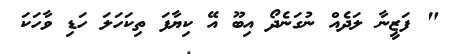
" ފަޒީނާ ލަދެއް ނުގަނެދޯ އިބޫ އޭ ކިޔާފަ ތިކަހަލަ ހަޑި ވާހަކަ